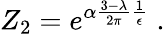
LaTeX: Z_{2}=e^{\alpha\frac{3-\lambda}{2\pi}\frac{1}{\epsilon}}\; .